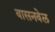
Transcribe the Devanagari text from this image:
वासनवेल